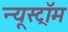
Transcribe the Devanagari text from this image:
न्यूस्ट्रॉम